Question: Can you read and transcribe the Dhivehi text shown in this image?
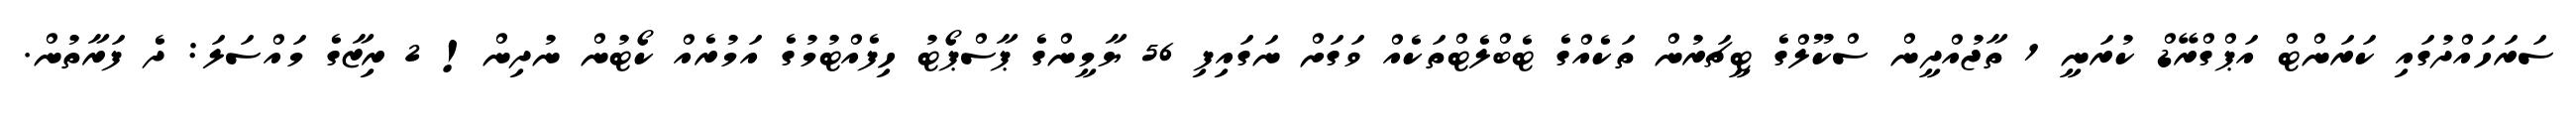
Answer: ސަރަހައްދުގައި ކަރަންޓް އަޕްގްރޭޑް ކުރަނީ 1 ތާޖުއްދީން ސްކޫލްގެ ޓީޗަރުން ތަކެއްގެ ޓެބްލެޓްތަކެއް ވަގަށް ނަގައިފި 56 ޔާމީންގެ ޕާސްޕޯޓު ހިފެއްޓުމުގެ އަމުރެއް ކޯޓުން ނުދިން! 2 ރިޒާގެ މައްސަލަ: ދެ ފަރާތުން.